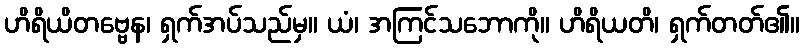
ဟိရိယိတဗ္ဗေန၊ ရှက်အပ်သည်မှ။ ယံ၊ အကြင်သဘောကို။ ဟိရိယတိ၊ ရှက်တတ်၏။